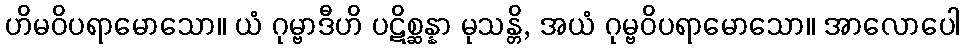
ဟိမဝိပရာမောသော။ ယံ ဂုမ္ဗာဒီဟိ ပဋိစ္ဆန္နာ မုသန္တိ, အယံ ဂုမ္ဗဝိပရာမောသော။ အာလောပေါ